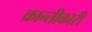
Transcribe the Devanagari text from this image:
क्रान्तीकारी